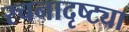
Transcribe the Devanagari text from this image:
रचनादृष्ट्या